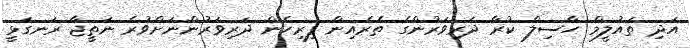
އަދި ތައުލީމް ހާސިލް ކުރާ ދަރިވަރުންގެ ތެރެއިން ފިރިހެން ދަރިވަރުންނަށްވުރެ ނަތީޖާ ރަނގަޅީ